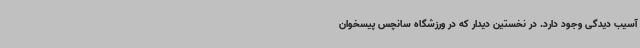
آسیب دیدگی وجود دارد. در نخستین دیدار که در ورزشگاه سانچس پیسخوان